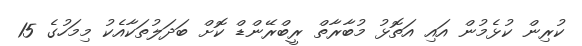
ކުރިން ކުޅެމުން އައި އަތޮޅު މުބާރާތް ރީބްރޭންޑް ކޮށް ބަދަލުތަކާއެކު މިމަހުގެ 15